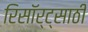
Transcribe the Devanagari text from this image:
रिसॉर्ट्‌साठी